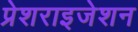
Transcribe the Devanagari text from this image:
प्रेशराइजेशन